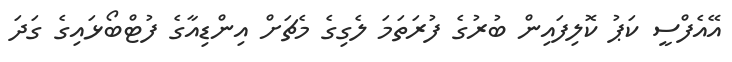
އޭއެފްސީ ކަޕު ކޮލިފައިން ބުރުގެ ފުރަތަމަ ލެގިގެ މެޗަށް އިންޑިއާގެ ފުޓްބޯޅައިގެ ގަދަ